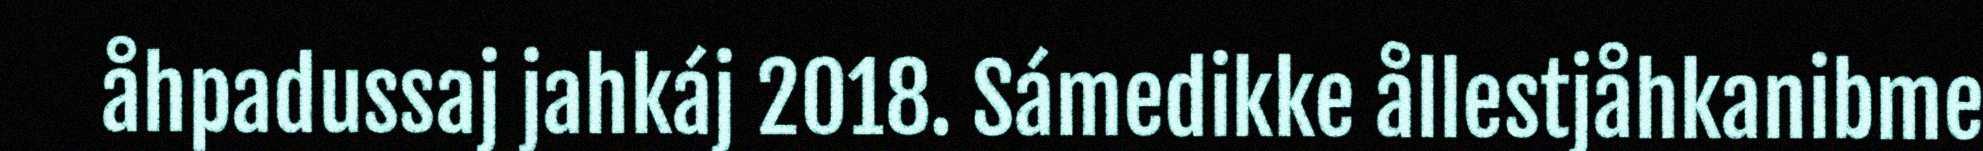
åhpadussaj jahkáj 2018. Sámedikke ållestjåhkanibme